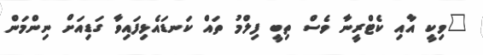
"ވިކީ އާއި ކެޓްރީނާ ވެސް ތިބީ ފިލްމު ތައް ކަނޑައެޅިފައިވާ ގަޑިއަށް ނިންމަން